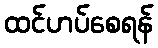
ထင်ဟပ်စေရန်